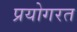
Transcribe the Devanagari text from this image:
प्रयोगरत